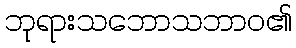
ဘုရားသဘောသဘာဝ၏